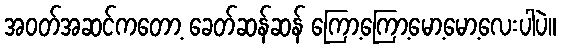
အဝတ်အဆင်ကတော့ ခေတ်ဆန်ဆန် ကြော့ကြော့မော့မော့လေးပါပဲ။